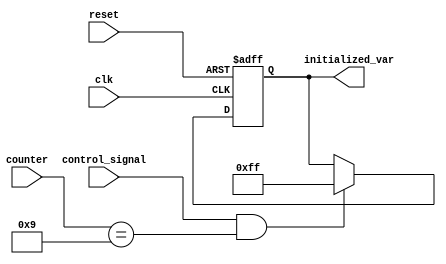
module ConditionalInitialization (
    input wire clk,                // Clock signal for synchronous operation
    input wire reset,              // Asynchronous reset signal
    input wire control_signal,      // Control signal to determine initialization
    input wire [3:0] counter,      // Example variable to check initialization condition
    output reg [7:0] initialized_var // Output register to be initialized
);

// State variable to track initialization status
reg initialized;

// Initialization values
parameter INIT_VALUE = 8'hFF; // Example initialization value

// Always block for synchronous initialization
always @(posedge clk or posedge reset) begin
    if (reset) begin
        // Asynchronous reset: clear initialized_var and state
        initialized_var <= 8'h00; // Reset to a known state
        initialized <= 1'b0;       // Reset initialization state
    end else if (control_signal && (counter == 4'b1001)) begin
        // Conditional initialization based on control_signal and counter value
        initialized_var <= INIT_VALUE; // Initialize to predefined value
        initialized <= 1'b1;            // Set initialized state
    end else begin
        // Retain current value if conditions are not met
        initialized_var <= initialized_var; 
    end
end

endmodule